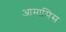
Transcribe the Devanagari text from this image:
आमासिस